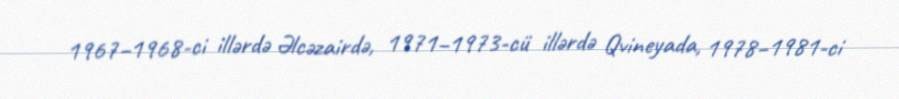
1967–1968-ci illərdə Əlcəzairdə, 1971–1973-cü illərdə Qvineyada, 1978–1981-ci